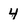
Character: 4